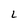
Character: L